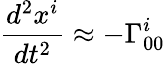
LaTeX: {\frac{d^{2}x^{i}}{dt^{2}}}\approx-\Gamma_{00}^{i}